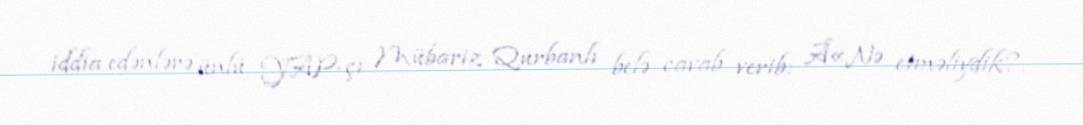
iddia edənlərə ünlü YAP-çı Mübariz Qurbanlı belə cavab verib: Â«Nə etməliydik?.